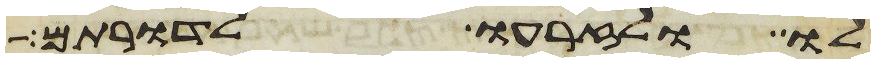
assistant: לו ולזרעו לדרותם